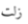
زلت